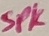
Text: SPK